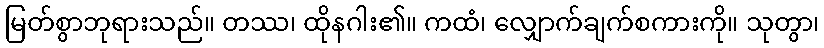
မြတ်စွာဘုရားသည်။ တဿ၊ ထိုနဂါး၏။ ကထံ၊ လျှောက်ချက်စကားကို။ သုတွာ၊